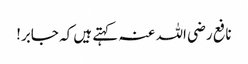
نافع رضی اللہ عنہ کہتے ہیں کہ جابر!